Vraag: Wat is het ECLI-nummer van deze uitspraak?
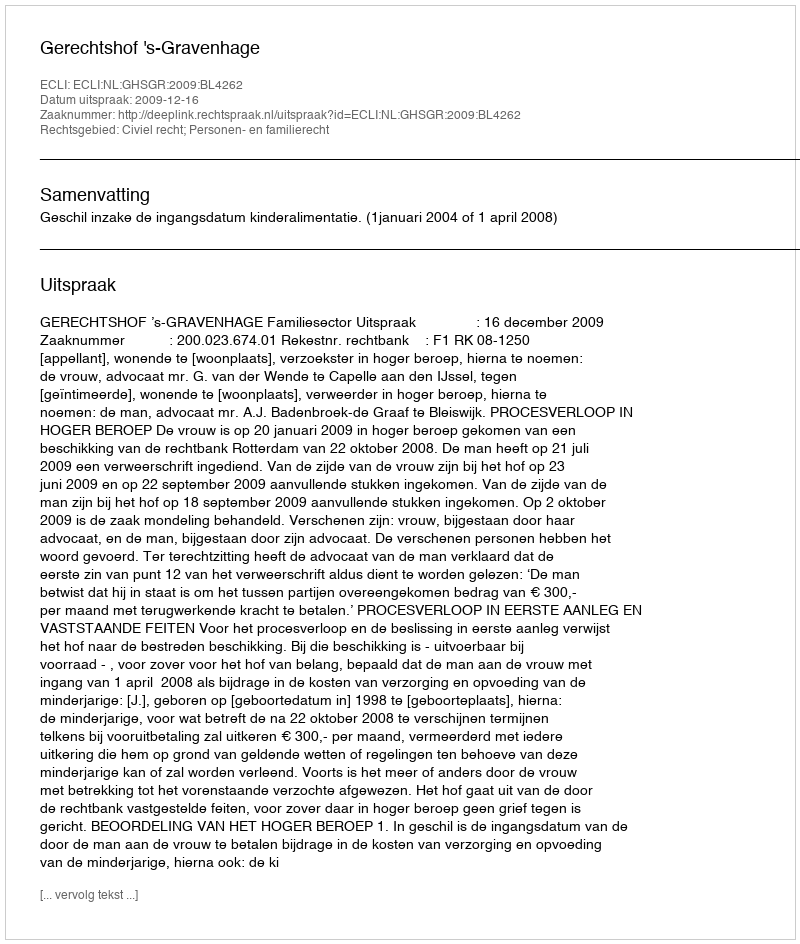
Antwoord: ECLI:NL:GHSGR:2009:BL4262